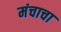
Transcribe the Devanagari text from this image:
मंचाचा